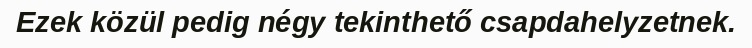
Ezek közül pedig négy tekinthető csapdahelyzetnek.